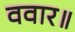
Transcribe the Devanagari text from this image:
ववार॥